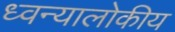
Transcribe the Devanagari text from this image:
ध्वन्यालोकीय